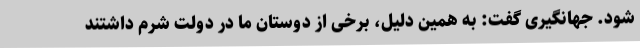
شود. جهانگیری گفت: به همین دلیل، برخی از دوستان ما در دولت شرم داشتند